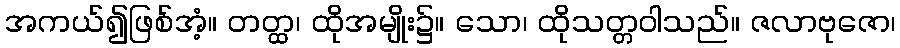
အကယ်၍ဖြစ်အံ့။ တတ္ထ၊ ထိုအမျိုး၌။ သော၊ ထိုသတ္တဝါသည်။ ဇလာဗုဇော၊